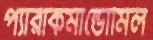
প্যারাকমান্ডোমিল